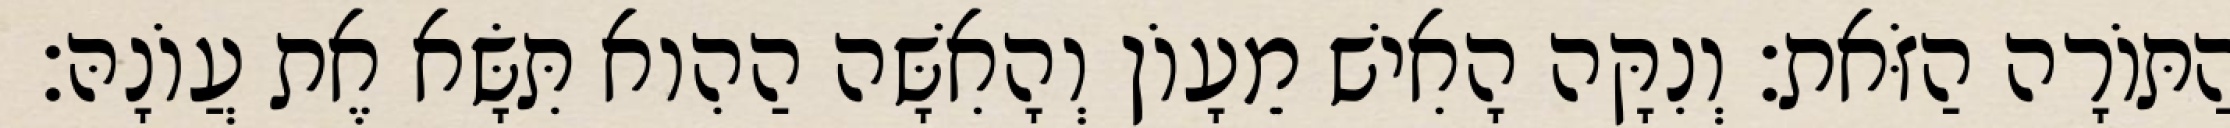
הַתּוֹרָה הַזֹּאת׃ וְנִקָּה הָאִישׁ מֵעָוֹן וְהָאִשָּׁה הַהִוא תִּשָּׂא אֶת עֲוֹנָהּ׃